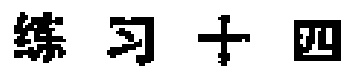
练习十四